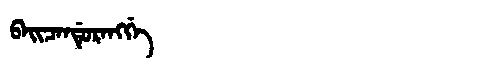
Manchu: ᠪᠠᡳᠴᠠᠨᡩᡠᡵᠠᠩᡤᡝ
Romanization: BAICANDURANGGE